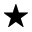
^ \star